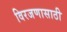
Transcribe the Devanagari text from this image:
विरजणासाठी